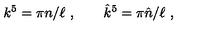
k ^ { 5 } = \pi n / \ell \ , \qquad { \hat { k } } ^ { 5 } = \pi \hat { n } / \ell \ ,